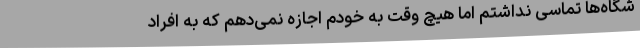
شگاه‌ها تماسی نداشتم اما هیچ وقت به خودم اجازه نمی‌دهم که به افراد